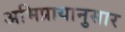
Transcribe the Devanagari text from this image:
अभिप्रायानुसार